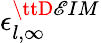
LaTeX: \epsilon_{l,\infty}^{\ttD\mathscr{E}IM}